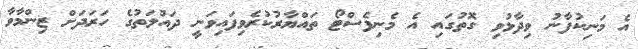
އެ މަނިކުފާނު ވިދާޅުވި ގޮތުގައި އެ މެނިފެސްޓޯ ތައްޔާރުކުރެވިފައިވަނީ ދައުލަތުގެ ހަރަދަށް ޒިންމާވާ